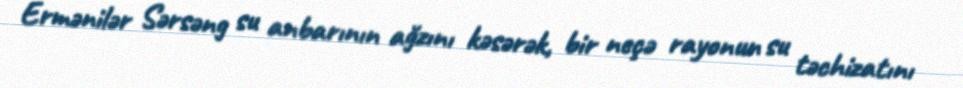
Ermənilər Sərsəng su anbarının ağzını kəsərək, bir neçə rayonun su təchizatını